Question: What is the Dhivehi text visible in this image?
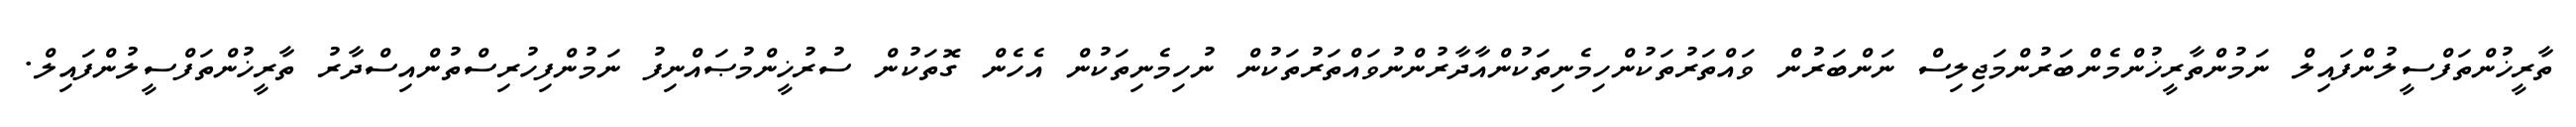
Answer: ތާރީޚުންތަފްސީލުންފައިލް ނަމުންތާރީޚުންމެންބަރުންމަޖިލިސް ނަންބަރުން ވައްތަރުތަކުންހިމެނިތަކުންއާދާރުންނުވައްތަރުތަކުން ނުހިމެނިތަކުން އެހެން ގޮތަކުން ސުރުޚީންމުޞައްނިފު ނަމުންފިހުރިސްތުންއިސްދާރު ތާރީޚުންތަފްސީލުންފައިލް.